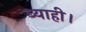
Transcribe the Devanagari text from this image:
ब्याही।